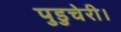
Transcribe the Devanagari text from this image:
पुडुचेरी।